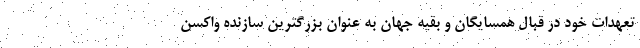
تعهدات خود در قبال همسایگان و بقیه جهان به عنوان بزرگترین سازنده واکسن